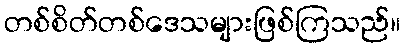
တစ်စိတ်တစ်ဒေသများဖြစ်ကြသည်။